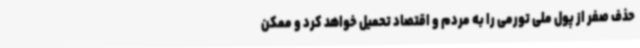
حذف صفر از پول ملی تورمی را به مردم و اقتصاد تحمیل خواهد کرد و ممکن